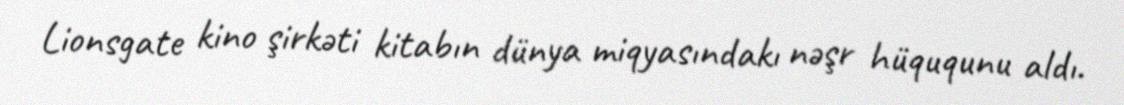
Lionsgate kino şirkəti kitabın dünya miqyasındakı nəşr hüququnu aldı.